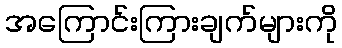
အကြောင်းကြားချက်များကို